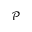
\mathcal { P }